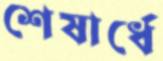
শেষার্ধে